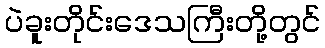
ပဲခူးတိုင်းဒေသကြီးတို့တွင်